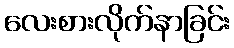
လေးစားလိုက်နာခြင်း